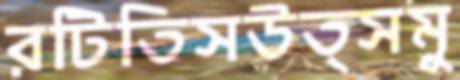
রটিতিসউত্সমু